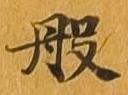
般